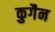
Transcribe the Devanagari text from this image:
कुगैन